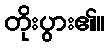
တိုးပွား၏။